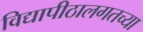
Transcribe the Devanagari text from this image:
विद्यापीठालगतच्या